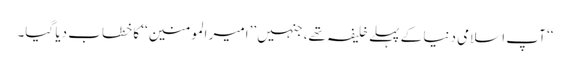
‘‘ آپ اسلامی دنیا کے پہلے خلیفہ تھے، جنہیں ’’امیر المومنین‘‘ کا خطاب دیا گیا۔